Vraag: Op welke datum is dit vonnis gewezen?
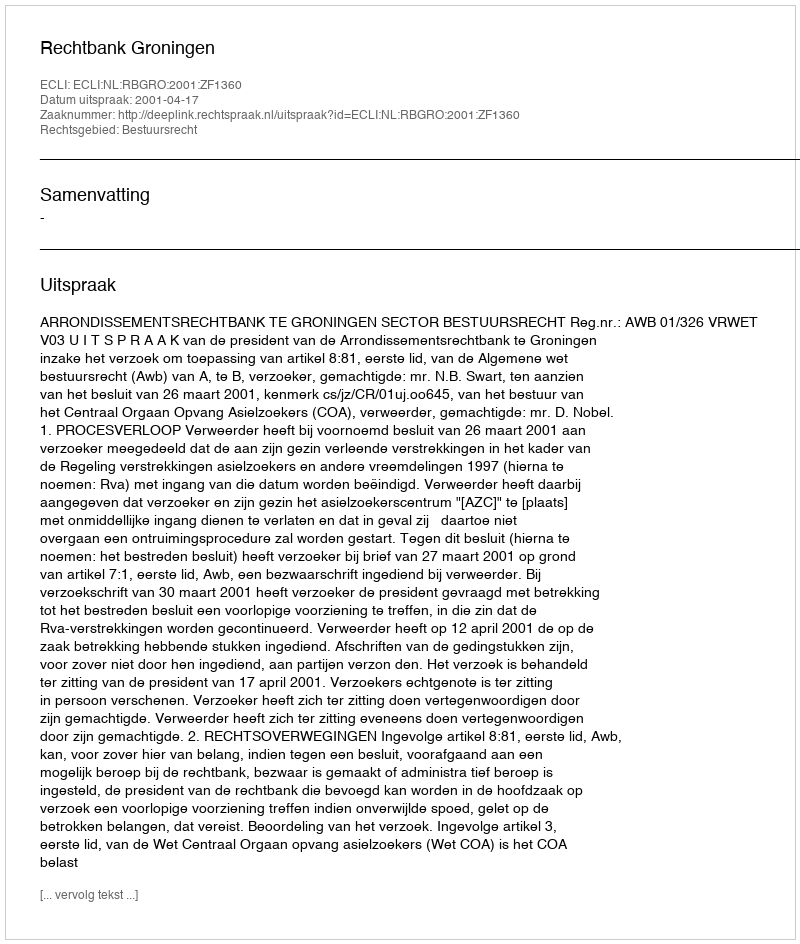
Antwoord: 2001-04-17